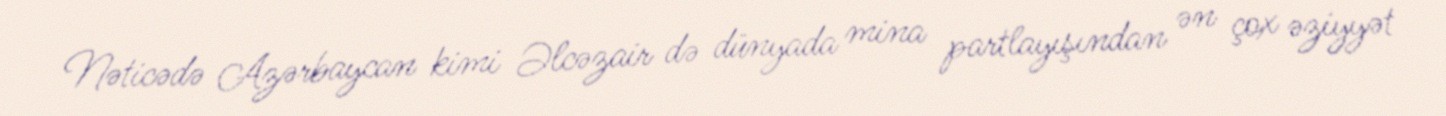
Nəticədə Azərbaycan kimi Əlcəzair də dünyada mina partlayışından ən çox əziyyət